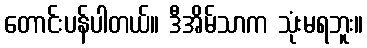
တောင်းပန်ပါတယ်။ ဒီအိမ်သာက သုံးမရဘူး။